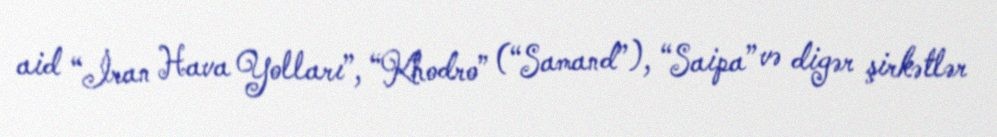
aid “İran Hava Yolları”, “Khodro” (“Samand”), “Saipa” və digər şirkətlər